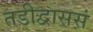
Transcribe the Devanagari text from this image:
तडीद्वाससं